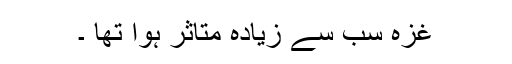
غزہ سب سے زیادہ متاثر ہوا تھا ۔